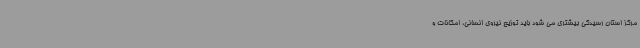
مرکز استان رسیدگی بیشتری می شود باید توزیع نیروی انسانی، امکانات و